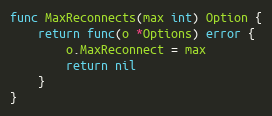
Language: Go
func MaxReconnects(max int) Option {
	return func(o *Options) error {
		o.MaxReconnect = max
		return nil
	}
}